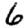
Digit: 6